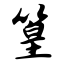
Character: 篁